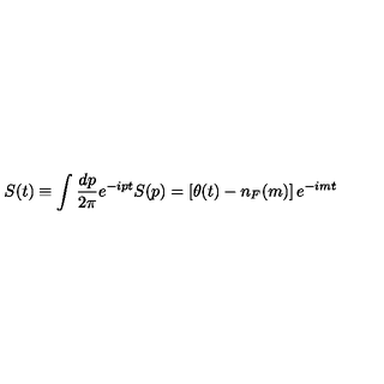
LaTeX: S ( t ) \equiv \int { \frac { d p } { 2 \pi } } e ^ { - i p t } S ( p ) = \left[ \theta ( t ) - n _ { F } ( m ) \right] e ^ { - i m t }